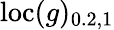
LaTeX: \mathrm{loc}(g)_{0.2,1}